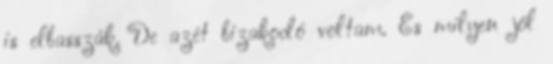
is elbasszák. De azét bizakodó voltam. És milyen jól